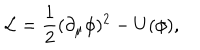
{ \cal { L } } = \frac { 1 } { 2 } ( \partial _ { \mu } \phi ) ^ { 2 } - U ( \phi ) ,